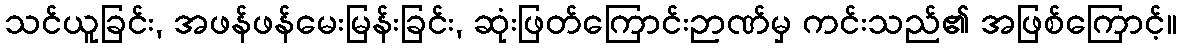
သင်ယူခြင်း, အဖန်ဖန်မေးမြန်းခြင်း, ဆုံးဖြတ်ကြောင်းဉာဏ်မှ ကင်းသည်၏ အဖြစ်ကြောင့်။